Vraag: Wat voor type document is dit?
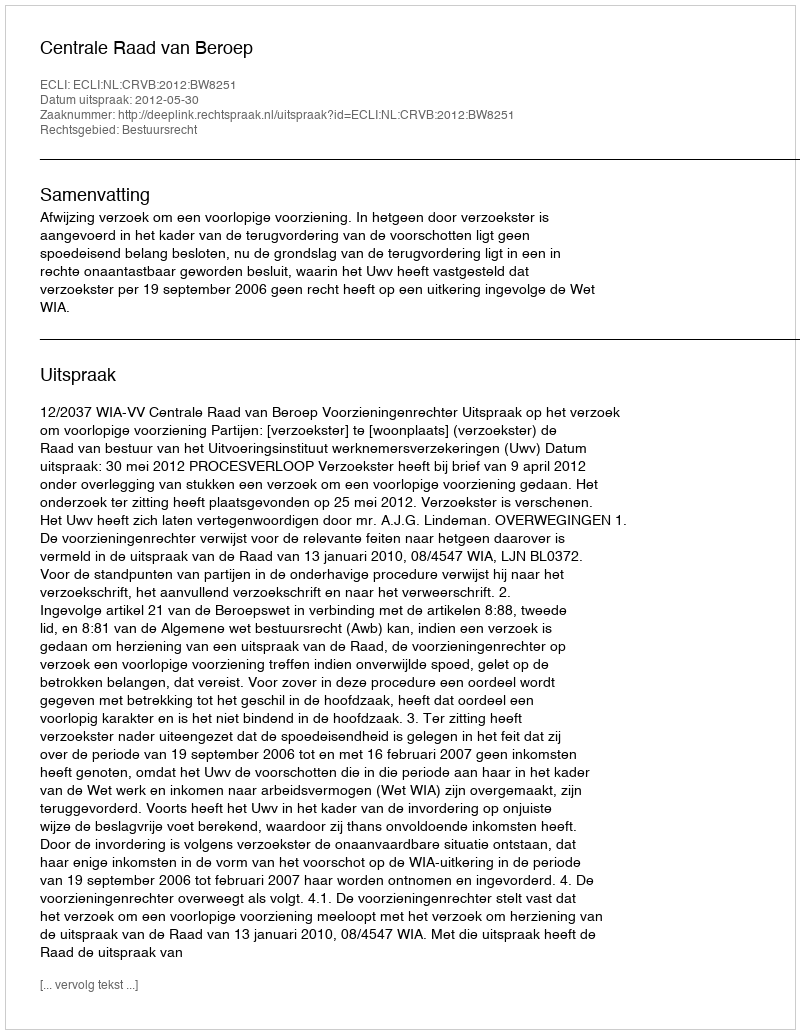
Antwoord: Uitspraak